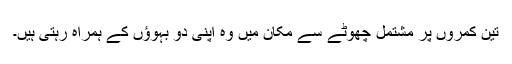
تین کمروں پر مشتمل چھوٹے سے مکان میں وہ اپنی دو بہوؤں کے ہمراہ رہتی ہیں۔